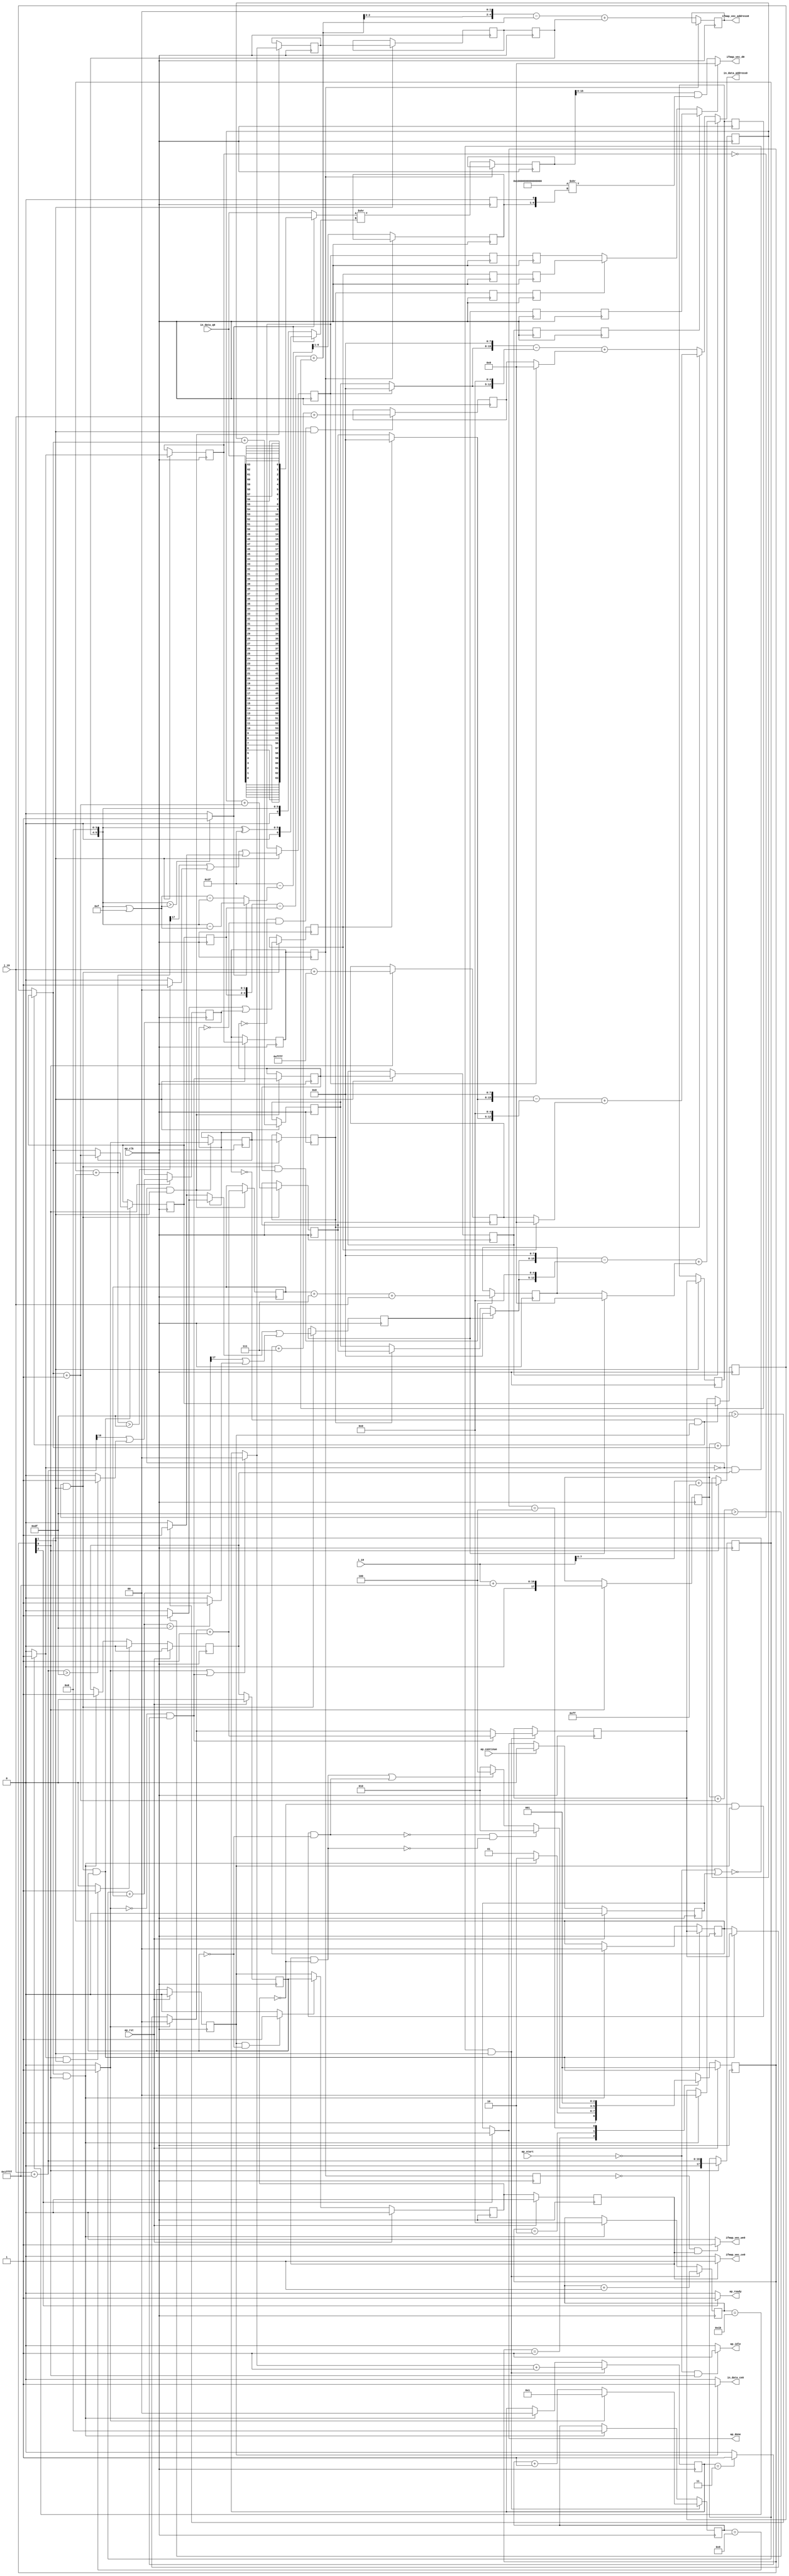
`define EXPONENT 5
`define MANTISSA 10
`define ACTUAL_MANTISSA 11
`define EXPONENT_LSB 10
`define EXPONENT_MSB 14
`define MANTISSA_LSB 0
`define MANTISSA_MSB 9
`define MANTISSA_MUL_SPLIT_LSB 3
`define MANTISSA_MUL_SPLIT_MSB 9
`define SIGN 1
`define SIGN_LOC 15
`define DWIDTH (`SIGN+`EXPONENT+`MANTISSA)
`define IEEE_COMPLIANCE 1

module td_fused_top_tdf1_readInputs19 (
        ap_clk,
        ap_rst,
        ap_start,
        ap_done,
        ap_continue,
        ap_idle,
        ap_ready,
        in_data_address0,
        in_data_ce0,
        in_data_q0,
        i_19,
        j_19,
        ifmap_vec_address0,
        ifmap_vec_ce0,
        ifmap_vec_we0,
        ifmap_vec_d0
);

parameter    ap_ST_fsm_state1 = 3'd1;
parameter    ap_ST_fsm_pp0_stage0 = 3'd2;
parameter    ap_ST_fsm_state7 = 3'd4;

input   ap_clk;
input   ap_rst;
input   ap_start;
output   ap_done;
input   ap_continue;
output   ap_idle;
output   ap_ready;
output  [15:0] in_data_address0;
output   in_data_ce0;
input  [63:0] in_data_q0;
input  [15:0] i_19;
input  [15:0] j_19;
output  [4:0] ifmap_vec_address0;
output   ifmap_vec_ce0;
output   ifmap_vec_we0;
output  [15:0] ifmap_vec_d0;

reg ap_done;
reg ap_idle;
reg ap_ready;
reg in_data_ce0;
reg ifmap_vec_ce0;
reg ifmap_vec_we0;

reg    ap_done_reg;
  reg   [2:0] ap_CS_fsm;
wire    ap_CS_fsm_state1;
reg   [4:0] indvar_flatten52_reg_142;
reg   [3:0] indvar_flatten_reg_153;
reg   [1:0] jj_reg_164;
reg   [1:0] kk_reg_176;
reg   [1:0] ii_reg_187;
wire   [17:0] p_cast_i_fu_216_p1;
reg   [17:0] p_cast_i_reg_901;
wire   [17:0] sext_ln22_fu_226_p1;
reg   [17:0] sext_ln22_reg_907;
wire   [7:0] p_cast_fu_230_p2;
reg   [7:0] p_cast_reg_913;
wire   [0:0] or_ln23_26_fu_250_p2;
reg   [0:0] or_ln23_26_reg_919;
wire   [15:0] p_mid140_fu_256_p2;
reg   [15:0] p_mid140_reg_924;
wire   [4:0] add_ln19_6_fu_262_p2;
wire    ap_CS_fsm_pp0_stage0;
reg    ap_enable_reg_pp0_iter0;
wire    ap_block_state2_pp0_stage0_iter0;
wire    ap_block_state3_pp0_stage0_iter1;
wire    ap_block_state4_pp0_stage0_iter2;
wire    ap_block_state5_pp0_stage0_iter3;
wire    ap_block_state6_pp0_stage0_iter4;
wire    ap_block_pp0_stage0_11001;
wire   [0:0] icmp_ln19_fu_268_p2;
reg   [0:0] icmp_ln19_reg_934;
reg   [0:0] icmp_ln19_reg_934_pp0_iter1_reg;
reg   [0:0] icmp_ln19_reg_934_pp0_iter2_reg;
reg   [0:0] icmp_ln19_reg_934_pp0_iter3_reg;
wire   [0:0] icmp_ln20_fu_274_p2;
reg   [0:0] icmp_ln20_reg_938;
reg   [0:0] icmp_ln20_reg_938_pp0_iter1_reg;
reg   [0:0] icmp_ln20_reg_938_pp0_iter2_reg;
reg   [0:0] icmp_ln20_reg_938_pp0_iter3_reg;
wire   [0:0] and_ln19_fu_300_p2;
reg   [0:0] and_ln19_reg_947;
reg   [0:0] and_ln19_reg_947_pp0_iter1_reg;
reg   [0:0] and_ln19_reg_947_pp0_iter2_reg;
reg   [0:0] and_ln19_reg_947_pp0_iter3_reg;
wire   [1:0] add_ln20_fu_306_p2;
reg   [1:0] add_ln20_reg_953;
wire   [1:0] select_ln20_fu_318_p3;
reg   [1:0] select_ln20_reg_959;
reg   [1:0] select_ln20_reg_959_pp0_iter1_reg;
reg   [1:0] select_ln20_reg_959_pp0_iter2_reg;
wire   [1:0] select_ln20_26_fu_326_p3;
reg   [1:0] select_ln20_26_reg_965;
reg   [1:0] select_ln20_26_reg_965_pp0_iter1_reg;
reg   [1:0] select_ln20_26_reg_965_pp0_iter2_reg;
wire   [1:0] add_ln25_fu_334_p2;
wire   [3:0] select_ln20_29_fu_346_p3;
wire   [7:0] p_cast1_i_fu_367_p2;
reg   [7:0] p_cast1_i_reg_981;
wire   [0:0] is_padding_fu_411_p2;
reg   [0:0] is_padding_reg_987;
reg   [0:0] is_padding_reg_987_pp0_iter2_reg;
reg   [0:0] is_padding_reg_987_pp0_iter3_reg;
wire   [15:0] empty_132_fu_427_p2;
reg   [15:0] empty_132_reg_994;
wire   [1:0] select_ln19_36_fu_438_p3;
reg   [1:0] select_ln19_36_reg_999;
reg    ap_enable_reg_pp0_iter1;
reg   [1:0] select_ln19_36_reg_999_pp0_iter2_reg;
wire   [7:0] p_cast1_i_mid1_fu_458_p2;
reg   [7:0] p_cast1_i_mid1_reg_1006;
wire   [0:0] or_ln23_28_fu_476_p2;
reg   [0:0] or_ln23_28_reg_1012;
reg   [0:0] or_ln23_28_reg_1012_pp0_iter2_reg;
reg   [0:0] or_ln23_28_reg_1012_pp0_iter3_reg;
wire   [0:0] or_ln23_30_fu_512_p2;
reg   [0:0] or_ln23_30_reg_1019;
reg   [0:0] or_ln23_30_reg_1019_pp0_iter2_reg;
reg   [0:0] or_ln23_30_reg_1019_pp0_iter3_reg;
wire   [15:0] p_mid1_fu_528_p2;
reg   [15:0] p_mid1_reg_1026;
wire   [4:0] add_ln33_1_fu_748_p2;
reg   [4:0] add_ln33_1_reg_1036;
wire   [6:0] sub_ln32_21_fu_833_p2;
reg   [6:0] sub_ln32_21_reg_1041;
wire   [63:0] lshr_ln32_fu_843_p2;
reg   [63:0] lshr_ln32_reg_1046;
reg    ap_block_state1;
wire    ap_block_pp0_stage0_subdone;
reg    ap_condition_pp0_flush_enable;
reg    ap_enable_reg_pp0_iter2;
reg    ap_enable_reg_pp0_iter3;
reg    ap_condition_pp0_exit_iter2_state4;
reg    ap_enable_reg_pp0_iter4;
reg   [1:0] ap_phi_mux_jj_phi_fu_168_p4;
wire    ap_block_pp0_stage0;
reg   [1:0] ap_phi_mux_ii_phi_fu_191_p4;
wire   [63:0] zext_ln32_48_fu_685_p1;
wire   [63:0] zext_ln33_15_fu_860_p1;
wire   [16:0] zext_ln19_fu_202_p1;
wire   [16:0] empty_129_fu_210_p2;
wire   [16:0] j_cast_i_fu_198_p1;
wire   [16:0] add_ln22_fu_220_p2;
wire   [7:0] empty_fu_206_p1;
wire   [0:0] tmp_fu_236_p3;
wire   [0:0] icmp_ln24_fu_244_p2;
wire   [0:0] icmp_ln25_fu_294_p2;
wire   [0:0] xor_ln19_fu_288_p2;
wire   [1:0] select_ln19_fu_280_p3;
wire   [0:0] or_ln20_fu_312_p2;
wire   [3:0] add_ln20_6_fu_340_p2;
wire   [17:0] ii_cast_i_fu_354_p1;
wire   [7:0] ii_cast_fu_358_p1;
wire   [17:0] empty_130_fu_362_p2;
wire   [17:0] zext_ln20_fu_378_p1;
wire   [17:0] add_ln22_6_fu_386_p2;
wire   [0:0] tmp_74_fu_391_p3;
wire   [0:0] icmp_ln24_6_fu_399_p2;
wire   [0:0] or_ln23_fu_405_p2;
wire   [0:0] empty_131_fu_372_p2;
wire   [2:0] zext_ln22_fu_382_p1;
wire   [2:0] tmp2_fu_417_p2;
wire   [15:0] tmp2_cast_fu_423_p1;
wire   [1:0] add_ln19_fu_432_p2;
wire   [17:0] ii_cast_i_mid1_fu_445_p1;
wire   [7:0] ii_cast_mid1_fu_449_p1;
wire   [17:0] p_mid114_fu_453_p2;
wire   [0:0] p_mid116_fu_463_p2;
wire   [17:0] zext_ln20_6_fu_481_p1;
wire   [17:0] add_ln22_7_fu_487_p2;
wire   [0:0] tmp_75_fu_492_p3;
wire   [0:0] icmp_ln24_7_fu_500_p2;
wire   [0:0] or_ln23_29_fu_506_p2;
wire   [0:0] select_ln19_38_fu_469_p3;
wire   [2:0] zext_ln22_6_fu_484_p1;
wire   [2:0] tmp2_mid1_fu_518_p2;
wire   [15:0] tmp2_cast_mid1_fu_524_p1;
wire   [7:0] row_coord_int_fu_533_p3;
wire   [12:0] tmp_45_fu_553_p3;
wire   [15:0] tmp_s_fu_545_p3;
wire   [15:0] zext_ln32_fu_561_p1;
wire   [15:0] sub_ln32_fu_565_p2;
wire   [15:0] col_coord_int_fu_539_p3;
wire   [7:0] row_coord_int_mid134_fu_582_p3;
wire   [12:0] tmp_48_fu_602_p3;
wire   [15:0] tmp_47_fu_594_p3;
wire   [15:0] zext_ln32_46_fu_610_p1;
wire   [15:0] sub_ln32_1_fu_614_p2;
wire   [15:0] col_coord_int_mid142_fu_588_p3;
wire   [15:0] add_ln32_1_fu_620_p2;
wire   [15:0] add_ln32_fu_571_p2;
wire   [7:0] select_ln19_37_fu_577_p3;
wire   [7:0] row_coord_int_mid1_fu_633_p3;
wire   [12:0] tmp_50_fu_654_p3;
wire   [15:0] tmp_49_fu_646_p3;
wire   [15:0] zext_ln32_47_fu_662_p1;
wire   [15:0] sub_ln32_2_fu_666_p2;
wire   [15:0] col_coord_int_mid1_fu_640_p3;
wire   [15:0] add_ln32_2_fu_672_p2;
wire   [15:0] select_ln19_40_fu_626_p3;
wire   [15:0] select_ln20_28_fu_678_p3;
wire   [3:0] tmp_46_fu_693_p3;
wire   [4:0] zext_ln33_12_fu_700_p1;
wire   [4:0] zext_ln33_fu_690_p1;
wire   [4:0] sub_ln33_fu_704_p2;
wire   [5:0] sub_ln33_cast_fu_710_p1;
wire   [5:0] zext_ln33_13_fu_714_p1;
wire   [5:0] add_ln33_fu_717_p2;
wire   [2:0] trunc_ln33_1_fu_727_p1;
wire   [4:0] p_shl4_cast_fu_731_p3;
wire   [4:0] trunc_ln33_fu_723_p1;
wire   [4:0] sub_ln33_1_fu_739_p2;
wire   [4:0] zext_ln33_14_fu_745_p1;
wire   [5:0] tmp_51_fu_754_p3;
wire   [5:0] empty_134_fu_761_p2;
wire   [6:0] zext_ln32_49_fu_773_p1;
wire   [6:0] zext_ln32_50_fu_777_p1;
wire   [0:0] icmp_ln32_fu_767_p2;
wire   [6:0] sub_ln32_19_fu_791_p2;
wire   [6:0] sub_ln32_20_fu_803_p2;
reg   [63:0] tmp_76_fu_781_p4;
wire   [6:0] xor_ln32_fu_797_p2;
wire   [6:0] select_ln32_fu_809_p3;
wire   [6:0] select_ln32_17_fu_825_p3;
wire   [63:0] select_ln32_16_fu_817_p3;
wire   [63:0] zext_ln32_51_fu_839_p1;
wire   [0:0] select_ln19_39_fu_849_p3;
wire   [63:0] zext_ln32_52_fu_864_p1;
wire   [63:0] lshr_ln32_10_fu_867_p2;
wire   [63:0] and_ln32_fu_873_p2;
wire   [15:0] trunc_ln32_fu_878_p1;
wire   [0:0] select_ln20_27_fu_854_p3;
wire   [15:0] in_data_elem_fu_882_p1;
wire    ap_CS_fsm_state7;
reg   [2:0] ap_NS_fsm;
reg    ap_idle_pp0;
wire    ap_enable_pp0;
wire    ap_ce_reg;

// power-on initialization
initial begin
#0 ap_done_reg = 1'b0;
#0 ap_CS_fsm = 3'd1;
#0 ap_enable_reg_pp0_iter0 = 1'b0;
#0 ap_enable_reg_pp0_iter1 = 1'b0;
#0 ap_enable_reg_pp0_iter2 = 1'b0;
#0 ap_enable_reg_pp0_iter3 = 1'b0;
#0 ap_enable_reg_pp0_iter4 = 1'b0;
end

always @ (posedge ap_clk) begin
    if (ap_rst == 1'b1) begin
        ap_CS_fsm <= ap_ST_fsm_state1;
    end else begin
        ap_CS_fsm <= ap_NS_fsm;
    end
end

always @ (posedge ap_clk) begin
    if (ap_rst == 1'b1) begin
        ap_done_reg <= 1'b0;
    end else begin
        if ((ap_continue == 1'b1)) begin
            ap_done_reg <= 1'b0;
        end else if ((1'b1 == ap_CS_fsm_state7)) begin
            ap_done_reg <= 1'b1;
        end
    end
end

always @ (posedge ap_clk) begin
    if (ap_rst == 1'b1) begin
        ap_enable_reg_pp0_iter0 <= 1'b0;
    end else begin
        if ((1'b1 == ap_condition_pp0_flush_enable)) begin
            ap_enable_reg_pp0_iter0 <= 1'b0;
        end else if ((~((ap_start == 1'b0) | (ap_done_reg == 1'b1)) & (1'b1 == ap_CS_fsm_state1))) begin
            ap_enable_reg_pp0_iter0 <= 1'b1;
        end
    end
end

always @ (posedge ap_clk) begin
    if (ap_rst == 1'b1) begin
        ap_enable_reg_pp0_iter1 <= 1'b0;
    end else begin
        if ((1'b0 == ap_block_pp0_stage0_subdone)) begin
            ap_enable_reg_pp0_iter1 <= ap_enable_reg_pp0_iter0;
        end
    end
end

always @ (posedge ap_clk) begin
    if (ap_rst == 1'b1) begin
        ap_enable_reg_pp0_iter2 <= 1'b0;
    end else begin
        if ((1'b0 == ap_block_pp0_stage0_subdone)) begin
            ap_enable_reg_pp0_iter2 <= ap_enable_reg_pp0_iter1;
        end
    end
end

always @ (posedge ap_clk) begin
    if (ap_rst == 1'b1) begin
        ap_enable_reg_pp0_iter3 <= 1'b0;
    end else begin
        if ((1'b0 == ap_block_pp0_stage0_subdone)) begin
            if ((1'b1 == ap_condition_pp0_exit_iter2_state4)) begin
                ap_enable_reg_pp0_iter3 <= ap_enable_reg_pp0_iter1;
            end else if ((1'b1 == 1'b1)) begin
                ap_enable_reg_pp0_iter3 <= ap_enable_reg_pp0_iter2;
            end
        end
    end
end

always @ (posedge ap_clk) begin
    if (ap_rst == 1'b1) begin
        ap_enable_reg_pp0_iter4 <= 1'b0;
    end else begin
        if ((1'b0 == ap_block_pp0_stage0_subdone)) begin
            ap_enable_reg_pp0_iter4 <= ap_enable_reg_pp0_iter3;
        end else if ((~((ap_start == 1'b0) | (ap_done_reg == 1'b1)) & (1'b1 == ap_CS_fsm_state1))) begin
            ap_enable_reg_pp0_iter4 <= 1'b0;
        end
    end
end

always @ (posedge ap_clk) begin
    if (((icmp_ln19_reg_934_pp0_iter1_reg == 1'd0) & (1'b0 == ap_block_pp0_stage0_11001) & (ap_enable_reg_pp0_iter2 == 1'b1))) begin
        ii_reg_187 <= select_ln19_36_reg_999;
    end else if ((~((ap_start == 1'b0) | (ap_done_reg == 1'b1)) & (1'b1 == ap_CS_fsm_state1))) begin
        ii_reg_187 <= 2'd0;
    end
end

always @ (posedge ap_clk) begin
    if (((icmp_ln19_fu_268_p2 == 1'd0) & (1'b0 == ap_block_pp0_stage0_11001) & (ap_enable_reg_pp0_iter0 == 1'b1) & (1'b1 == ap_CS_fsm_pp0_stage0))) begin
        indvar_flatten52_reg_142 <= add_ln19_6_fu_262_p2;
    end else if ((~((ap_start == 1'b0) | (ap_done_reg == 1'b1)) & (1'b1 == ap_CS_fsm_state1))) begin
        indvar_flatten52_reg_142 <= 5'd0;
    end
end

always @ (posedge ap_clk) begin
    if (((icmp_ln19_fu_268_p2 == 1'd0) & (1'b0 == ap_block_pp0_stage0_11001) & (ap_enable_reg_pp0_iter0 == 1'b1) & (1'b1 == ap_CS_fsm_pp0_stage0))) begin
        indvar_flatten_reg_153 <= select_ln20_29_fu_346_p3;
    end else if ((~((ap_start == 1'b0) | (ap_done_reg == 1'b1)) & (1'b1 == ap_CS_fsm_state1))) begin
        indvar_flatten_reg_153 <= 4'd0;
    end
end

always @ (posedge ap_clk) begin
    if (((icmp_ln19_reg_934 == 1'd0) & (1'b0 == ap_block_pp0_stage0_11001) & (1'b1 == ap_CS_fsm_pp0_stage0) & (ap_enable_reg_pp0_iter1 == 1'b1))) begin
        jj_reg_164 <= select_ln20_26_reg_965;
    end else if ((~((ap_start == 1'b0) | (ap_done_reg == 1'b1)) & (1'b1 == ap_CS_fsm_state1))) begin
        jj_reg_164 <= 2'd0;
    end
end

always @ (posedge ap_clk) begin
    if (((icmp_ln19_fu_268_p2 == 1'd0) & (1'b0 == ap_block_pp0_stage0_11001) & (ap_enable_reg_pp0_iter0 == 1'b1) & (1'b1 == ap_CS_fsm_pp0_stage0))) begin
        kk_reg_176 <= add_ln25_fu_334_p2;
    end else if ((~((ap_start == 1'b0) | (ap_done_reg == 1'b1)) & (1'b1 == ap_CS_fsm_state1))) begin
        kk_reg_176 <= 2'd0;
    end
end

always @ (posedge ap_clk) begin
    if (((icmp_ln19_fu_268_p2 == 1'd0) & (1'b0 == ap_block_pp0_stage0_11001) & (1'b1 == ap_CS_fsm_pp0_stage0))) begin
        add_ln20_reg_953 <= add_ln20_fu_306_p2;
        and_ln19_reg_947 <= and_ln19_fu_300_p2;
        icmp_ln20_reg_938 <= icmp_ln20_fu_274_p2;
        select_ln20_reg_959 <= select_ln20_fu_318_p3;
    end
end

always @ (posedge ap_clk) begin
    if (((icmp_ln19_reg_934_pp0_iter2_reg == 1'd0) & (1'b0 == ap_block_pp0_stage0_11001))) begin
        add_ln33_1_reg_1036 <= add_ln33_1_fu_748_p2;
        lshr_ln32_reg_1046 <= lshr_ln32_fu_843_p2;
        sub_ln32_21_reg_1041[6 : 1] <= sub_ln32_21_fu_833_p2[6 : 1];
    end
end

always @ (posedge ap_clk) begin
    if (((1'b0 == ap_block_pp0_stage0_11001) & (1'b1 == ap_CS_fsm_pp0_stage0))) begin
        and_ln19_reg_947_pp0_iter1_reg <= and_ln19_reg_947;
        icmp_ln19_reg_934 <= icmp_ln19_fu_268_p2;
        icmp_ln19_reg_934_pp0_iter1_reg <= icmp_ln19_reg_934;
        icmp_ln20_reg_938_pp0_iter1_reg <= icmp_ln20_reg_938;
        is_padding_reg_987 <= is_padding_fu_411_p2;
        p_cast1_i_reg_981 <= p_cast1_i_fu_367_p2;
        select_ln20_26_reg_965_pp0_iter1_reg <= select_ln20_26_reg_965;
        select_ln20_reg_959_pp0_iter1_reg <= select_ln20_reg_959;
    end
end

always @ (posedge ap_clk) begin
    if ((1'b0 == ap_block_pp0_stage0_11001)) begin
        and_ln19_reg_947_pp0_iter2_reg <= and_ln19_reg_947_pp0_iter1_reg;
        and_ln19_reg_947_pp0_iter3_reg <= and_ln19_reg_947_pp0_iter2_reg;
        icmp_ln19_reg_934_pp0_iter2_reg <= icmp_ln19_reg_934_pp0_iter1_reg;
        icmp_ln19_reg_934_pp0_iter3_reg <= icmp_ln19_reg_934_pp0_iter2_reg;
        icmp_ln20_reg_938_pp0_iter2_reg <= icmp_ln20_reg_938_pp0_iter1_reg;
        icmp_ln20_reg_938_pp0_iter3_reg <= icmp_ln20_reg_938_pp0_iter2_reg;
        is_padding_reg_987_pp0_iter2_reg <= is_padding_reg_987;
        is_padding_reg_987_pp0_iter3_reg <= is_padding_reg_987_pp0_iter2_reg;
        or_ln23_28_reg_1012_pp0_iter2_reg <= or_ln23_28_reg_1012;
        or_ln23_28_reg_1012_pp0_iter3_reg <= or_ln23_28_reg_1012_pp0_iter2_reg;
        or_ln23_30_reg_1019_pp0_iter2_reg <= or_ln23_30_reg_1019;
        or_ln23_30_reg_1019_pp0_iter3_reg <= or_ln23_30_reg_1019_pp0_iter2_reg;
        select_ln19_36_reg_999_pp0_iter2_reg <= select_ln19_36_reg_999;
        select_ln20_26_reg_965_pp0_iter2_reg <= select_ln20_26_reg_965_pp0_iter1_reg;
        select_ln20_reg_959_pp0_iter2_reg <= select_ln20_reg_959_pp0_iter1_reg;
    end
end

always @ (posedge ap_clk) begin
    if (((1'd0 == and_ln19_reg_947) & (icmp_ln20_reg_938 == 1'd0) & (1'b0 == ap_block_pp0_stage0_11001) & (1'b1 == ap_CS_fsm_pp0_stage0))) begin
        empty_132_reg_994 <= empty_132_fu_427_p2;
    end
end

always @ (posedge ap_clk) begin
    if ((1'b1 == ap_CS_fsm_state1)) begin
        or_ln23_26_reg_919 <= or_ln23_26_fu_250_p2;
        p_cast_i_reg_901 <= p_cast_i_fu_216_p1;
        p_cast_reg_913 <= p_cast_fu_230_p2;
        p_mid140_reg_924 <= p_mid140_fu_256_p2;
        sext_ln22_reg_907 <= sext_ln22_fu_226_p1;
    end
end

always @ (posedge ap_clk) begin
    if (((icmp_ln19_reg_934 == 1'd0) & (1'b0 == ap_block_pp0_stage0_11001) & (1'b1 == ap_CS_fsm_pp0_stage0))) begin
        or_ln23_28_reg_1012 <= or_ln23_28_fu_476_p2;
        or_ln23_30_reg_1019 <= or_ln23_30_fu_512_p2;
        p_cast1_i_mid1_reg_1006 <= p_cast1_i_mid1_fu_458_p2;
    end
end

always @ (posedge ap_clk) begin
    if (((icmp_ln19_reg_934 == 1'd0) & (1'b0 == ap_block_pp0_stage0_11001) & (1'b1 == ap_CS_fsm_pp0_stage0) & (1'd1 == and_ln19_reg_947))) begin
        p_mid1_reg_1026 <= p_mid1_fu_528_p2;
    end
end

always @ (posedge ap_clk) begin
    if (((icmp_ln19_reg_934 == 1'd0) & (1'b0 == ap_block_pp0_stage0_11001) & (1'b1 == ap_CS_fsm_pp0_stage0) & (ap_enable_reg_pp0_iter1 == 1'b1))) begin
        select_ln19_36_reg_999 <= select_ln19_36_fu_438_p3;
    end
end

always @ (posedge ap_clk) begin
    if (((icmp_ln19_fu_268_p2 == 1'd0) & (1'b0 == ap_block_pp0_stage0_11001) & (ap_enable_reg_pp0_iter0 == 1'b1) & (1'b1 == ap_CS_fsm_pp0_stage0))) begin
        select_ln20_26_reg_965 <= select_ln20_26_fu_326_p3;
    end
end

always @ (*) begin
    if (((ap_enable_reg_pp0_iter2 == 1'b1) & (ap_enable_reg_pp0_iter1 == 1'b0))) begin
        ap_condition_pp0_exit_iter2_state4 = 1'b1;
    end else begin
        ap_condition_pp0_exit_iter2_state4 = 1'b0;
    end
end

always @ (*) begin
    if (((icmp_ln19_fu_268_p2 == 1'd1) & (1'b0 == ap_block_pp0_stage0_subdone) & (1'b1 == ap_CS_fsm_pp0_stage0))) begin
        ap_condition_pp0_flush_enable = 1'b1;
    end else begin
        ap_condition_pp0_flush_enable = 1'b0;
    end
end

always @ (*) begin
    if ((1'b1 == ap_CS_fsm_state7)) begin
        ap_done = 1'b1;
    end else begin
        ap_done = ap_done_reg;
    end
end

always @ (*) begin
    if (((ap_start == 1'b0) & (1'b1 == ap_CS_fsm_state1))) begin
        ap_idle = 1'b1;
    end else begin
        ap_idle = 1'b0;
    end
end

always @ (*) begin
    if (((ap_enable_reg_pp0_iter0 == 1'b0) & (ap_enable_reg_pp0_iter4 == 1'b0) & (ap_enable_reg_pp0_iter3 == 1'b0) & (ap_enable_reg_pp0_iter2 == 1'b0) & (ap_enable_reg_pp0_iter1 == 1'b0))) begin
        ap_idle_pp0 = 1'b1;
    end else begin
        ap_idle_pp0 = 1'b0;
    end
end

always @ (*) begin
    if (((icmp_ln19_reg_934_pp0_iter1_reg == 1'd0) & (1'b0 == ap_block_pp0_stage0) & (ap_enable_reg_pp0_iter2 == 1'b1))) begin
        ap_phi_mux_ii_phi_fu_191_p4 = select_ln19_36_reg_999;
    end else begin
        ap_phi_mux_ii_phi_fu_191_p4 = ii_reg_187;
    end
end

always @ (*) begin
    if (((icmp_ln19_reg_934 == 1'd0) & (1'b0 == ap_block_pp0_stage0) & (1'b1 == ap_CS_fsm_pp0_stage0) & (ap_enable_reg_pp0_iter1 == 1'b1))) begin
        ap_phi_mux_jj_phi_fu_168_p4 = select_ln20_26_reg_965;
    end else begin
        ap_phi_mux_jj_phi_fu_168_p4 = jj_reg_164;
    end
end

always @ (*) begin
    if ((1'b1 == ap_CS_fsm_state7)) begin
        ap_ready = 1'b1;
    end else begin
        ap_ready = 1'b0;
    end
end

always @ (*) begin
    if (((1'b0 == ap_block_pp0_stage0_11001) & (ap_enable_reg_pp0_iter4 == 1'b1))) begin
        ifmap_vec_ce0 = 1'b1;
    end else begin
        ifmap_vec_ce0 = 1'b0;
    end
end

always @ (*) begin
    if (((icmp_ln19_reg_934_pp0_iter3_reg == 1'd0) & (1'b0 == ap_block_pp0_stage0_11001) & (ap_enable_reg_pp0_iter4 == 1'b1))) begin
        ifmap_vec_we0 = 1'b1;
    end else begin
        ifmap_vec_we0 = 1'b0;
    end
end

always @ (*) begin
    if (((1'b0 == ap_block_pp0_stage0_11001) & (ap_enable_reg_pp0_iter2 == 1'b1))) begin
        in_data_ce0 = 1'b1;
    end else begin
        in_data_ce0 = 1'b0;
    end
end

always @ (*) begin
    case (ap_CS_fsm)
        ap_ST_fsm_state1 : begin
            if ((~((ap_start == 1'b0) | (ap_done_reg == 1'b1)) & (1'b1 == ap_CS_fsm_state1))) begin
                ap_NS_fsm = ap_ST_fsm_pp0_stage0;
            end else begin
                ap_NS_fsm = ap_ST_fsm_state1;
            end
        end
        ap_ST_fsm_pp0_stage0 : begin
            if ((~((1'b0 == ap_block_pp0_stage0_subdone) & (ap_enable_reg_pp0_iter3 == 1'b0) & (ap_enable_reg_pp0_iter2 == 1'b1) & (ap_enable_reg_pp0_iter1 == 1'b0)) & ~((1'b0 == ap_block_pp0_stage0_subdone) & (ap_enable_reg_pp0_iter4 == 1'b1) & (ap_enable_reg_pp0_iter3 == 1'b0)))) begin
                ap_NS_fsm = ap_ST_fsm_pp0_stage0;
            end else if ((((1'b0 == ap_block_pp0_stage0_subdone) & (ap_enable_reg_pp0_iter4 == 1'b1) & (ap_enable_reg_pp0_iter3 == 1'b0)) | ((1'b0 == ap_block_pp0_stage0_subdone) & (ap_enable_reg_pp0_iter3 == 1'b0) & (ap_enable_reg_pp0_iter2 == 1'b1) & (ap_enable_reg_pp0_iter1 == 1'b0)))) begin
                ap_NS_fsm = ap_ST_fsm_state7;
            end else begin
                ap_NS_fsm = ap_ST_fsm_pp0_stage0;
            end
        end
        ap_ST_fsm_state7 : begin
            ap_NS_fsm = ap_ST_fsm_state1;
        end
        default : begin
            ap_NS_fsm = 'bx;
        end
    endcase
end

assign add_ln19_6_fu_262_p2 = (indvar_flatten52_reg_142 + 5'd1);

assign add_ln19_fu_432_p2 = (ap_phi_mux_ii_phi_fu_191_p4 + 2'd1);

assign add_ln20_6_fu_340_p2 = (indvar_flatten_reg_153 + 4'd1);

assign add_ln20_fu_306_p2 = (select_ln19_fu_280_p3 + 2'd1);

assign add_ln22_6_fu_386_p2 = ((sext_ln22_reg_907) + (zext_ln20_fu_378_p1));

assign add_ln22_7_fu_487_p2 = ((sext_ln22_reg_907) + (zext_ln20_6_fu_481_p1));

assign add_ln22_fu_220_p2 = ((j_cast_i_fu_198_p1) + (17'd131071));

assign add_ln25_fu_334_p2 = (select_ln20_fu_318_p3 + 2'd1);

assign add_ln32_1_fu_620_p2 = (sub_ln32_1_fu_614_p2 + col_coord_int_mid142_fu_588_p3);

assign add_ln32_2_fu_672_p2 = (sub_ln32_2_fu_666_p2 + col_coord_int_mid1_fu_640_p3);

assign add_ln32_fu_571_p2 = (sub_ln32_fu_565_p2 + col_coord_int_fu_539_p3);

assign add_ln33_1_fu_748_p2 = (sub_ln33_1_fu_739_p2 + zext_ln33_14_fu_745_p1);

assign add_ln33_fu_717_p2 = ((sub_ln33_cast_fu_710_p1) + (zext_ln33_13_fu_714_p1));

assign and_ln19_fu_300_p2 = (xor_ln19_fu_288_p2 & icmp_ln25_fu_294_p2);

assign and_ln32_fu_873_p2 = (lshr_ln32_reg_1046 & lshr_ln32_10_fu_867_p2);

assign ap_CS_fsm_pp0_stage0 = ap_CS_fsm[32'd1];

assign ap_CS_fsm_state1 = ap_CS_fsm[32'd0];

assign ap_CS_fsm_state7 = ap_CS_fsm[32'd2];

assign ap_block_pp0_stage0 = ~(1'b1 == 1'b1);

assign ap_block_pp0_stage0_11001 = ~(1'b1 == 1'b1);

assign ap_block_pp0_stage0_subdone = ~(1'b1 == 1'b1);

always @ (*) begin
    ap_block_state1 = ((ap_start == 1'b0) | (ap_done_reg == 1'b1));
end

assign ap_block_state2_pp0_stage0_iter0 = ~(1'b1 == 1'b1);

assign ap_block_state3_pp0_stage0_iter1 = ~(1'b1 == 1'b1);

assign ap_block_state4_pp0_stage0_iter2 = ~(1'b1 == 1'b1);

assign ap_block_state5_pp0_stage0_iter3 = ~(1'b1 == 1'b1);

assign ap_block_state6_pp0_stage0_iter4 = ~(1'b1 == 1'b1);

assign ap_enable_pp0 = (ap_idle_pp0 ^ 1'b1);

assign col_coord_int_fu_539_p3 = ((is_padding_reg_987[0:0] == 1'b1) ? 16'd0 : empty_132_reg_994);

assign col_coord_int_mid142_fu_588_p3 = ((or_ln23_28_reg_1012[0:0] == 1'b1) ? 16'd0 : p_mid140_reg_924);

assign col_coord_int_mid1_fu_640_p3 = ((or_ln23_30_reg_1019[0:0] == 1'b1) ? 16'd0 : p_mid1_reg_1026);

assign empty_129_fu_210_p2 = ((zext_ln19_fu_202_p1) + (17'd131071));

assign empty_130_fu_362_p2 = ((p_cast_i_reg_901) + (ii_cast_i_fu_354_p1));

assign empty_131_fu_372_p2 = ((empty_130_fu_362_p2 > 18'd223) ? 1'b1 : 1'b0);

assign empty_132_fu_427_p2 = ((tmp2_cast_fu_423_p1) + (j_19));

assign empty_134_fu_761_p2 = (tmp_51_fu_754_p3 | 6'd15);

assign empty_fu_206_p1 = i_19[7:0];

assign icmp_ln19_fu_268_p2 = ((indvar_flatten52_reg_142 == 5'd27) ? 1'b1 : 1'b0);

assign icmp_ln20_fu_274_p2 = ((indvar_flatten_reg_153 == 4'd9) ? 1'b1 : 1'b0);

assign icmp_ln24_6_fu_399_p2 = (((add_ln22_6_fu_386_p2) > (18'd223)) ? 1'b1 : 1'b0);

assign icmp_ln24_7_fu_500_p2 = (((add_ln22_7_fu_487_p2) > (18'd223)) ? 1'b1 : 1'b0);

assign icmp_ln24_fu_244_p2 = (((add_ln22_fu_220_p2) > (17'd223)) ? 1'b1 : 1'b0);

assign icmp_ln25_fu_294_p2 = ((kk_reg_176 == 2'd3) ? 1'b1 : 1'b0);

assign icmp_ln32_fu_767_p2 = ((tmp_51_fu_754_p3 > empty_134_fu_761_p2) ? 1'b1 : 1'b0);

assign ifmap_vec_address0 = zext_ln33_15_fu_860_p1;

assign ifmap_vec_d0 = ((select_ln20_27_fu_854_p3[0:0] == 1'b1) ? 16'd0 : in_data_elem_fu_882_p1);

assign ii_cast_fu_358_p1 = ap_phi_mux_ii_phi_fu_191_p4;

assign ii_cast_i_fu_354_p1 = ap_phi_mux_ii_phi_fu_191_p4;

assign ii_cast_i_mid1_fu_445_p1 = add_ln19_fu_432_p2;

assign ii_cast_mid1_fu_449_p1 = add_ln19_fu_432_p2;

assign in_data_address0 = zext_ln32_48_fu_685_p1;

assign in_data_elem_fu_882_p1 = trunc_ln32_fu_878_p1;

assign is_padding_fu_411_p2 = (or_ln23_fu_405_p2 | empty_131_fu_372_p2);

assign j_cast_i_fu_198_p1 = j_19;

assign lshr_ln32_10_fu_867_p2 = 64'd18446744073709551615 >> zext_ln32_52_fu_864_p1;

assign lshr_ln32_fu_843_p2 = select_ln32_16_fu_817_p3 >> zext_ln32_51_fu_839_p1;

assign or_ln20_fu_312_p2 = (icmp_ln20_fu_274_p2 | and_ln19_fu_300_p2);

assign or_ln23_26_fu_250_p2 = (tmp_fu_236_p3 | icmp_ln24_fu_244_p2);

assign or_ln23_28_fu_476_p2 = (p_mid116_fu_463_p2 | or_ln23_26_reg_919);

assign or_ln23_29_fu_506_p2 = (tmp_75_fu_492_p3 | icmp_ln24_7_fu_500_p2);

assign or_ln23_30_fu_512_p2 = (select_ln19_38_fu_469_p3 | or_ln23_29_fu_506_p2);

assign or_ln23_fu_405_p2 = (tmp_74_fu_391_p3 | icmp_ln24_6_fu_399_p2);

assign p_cast1_i_fu_367_p2 = (p_cast_reg_913 + ii_cast_fu_358_p1);

assign p_cast1_i_mid1_fu_458_p2 = (p_cast_reg_913 + ii_cast_mid1_fu_449_p1);

assign p_cast_fu_230_p2 = ((empty_fu_206_p1) + (8'd255));

assign p_cast_i_fu_216_p1 = (empty_129_fu_210_p2);

assign p_mid114_fu_453_p2 = ((p_cast_i_reg_901) + (ii_cast_i_mid1_fu_445_p1));

assign p_mid116_fu_463_p2 = ((p_mid114_fu_453_p2 > 18'd223) ? 1'b1 : 1'b0);

assign p_mid140_fu_256_p2 = ((j_19) + (16'd65535));

assign p_mid1_fu_528_p2 = ((tmp2_cast_mid1_fu_524_p1) + (j_19));

assign p_shl4_cast_fu_731_p3 = {{trunc_ln33_1_fu_727_p1}, {2'd0}};

assign row_coord_int_fu_533_p3 = ((is_padding_reg_987[0:0] == 1'b1) ? 8'd0 : p_cast1_i_reg_981);

assign row_coord_int_mid134_fu_582_p3 = ((or_ln23_28_reg_1012[0:0] == 1'b1) ? 8'd0 : p_cast1_i_mid1_reg_1006);

assign row_coord_int_mid1_fu_633_p3 = ((or_ln23_30_reg_1019[0:0] == 1'b1) ? 8'd0 : select_ln19_37_fu_577_p3);

assign select_ln19_36_fu_438_p3 = ((icmp_ln20_reg_938[0:0] == 1'b1) ? add_ln19_fu_432_p2 : ap_phi_mux_ii_phi_fu_191_p4);

assign select_ln19_37_fu_577_p3 = ((icmp_ln20_reg_938_pp0_iter1_reg[0:0] == 1'b1) ? p_cast1_i_mid1_reg_1006 : p_cast1_i_reg_981);

assign select_ln19_38_fu_469_p3 = ((icmp_ln20_reg_938[0:0] == 1'b1) ? p_mid116_fu_463_p2 : empty_131_fu_372_p2);

assign select_ln19_39_fu_849_p3 = ((icmp_ln20_reg_938_pp0_iter3_reg[0:0] == 1'b1) ? or_ln23_28_reg_1012_pp0_iter3_reg : is_padding_reg_987_pp0_iter3_reg);

assign select_ln19_40_fu_626_p3 = ((icmp_ln20_reg_938_pp0_iter1_reg[0:0] == 1'b1) ? add_ln32_1_fu_620_p2 : add_ln32_fu_571_p2);

assign select_ln19_fu_280_p3 = ((icmp_ln20_fu_274_p2[0:0] == 1'b1) ? 2'd0 : ap_phi_mux_jj_phi_fu_168_p4);

assign select_ln20_26_fu_326_p3 = ((and_ln19_fu_300_p2[0:0] == 1'b1) ? add_ln20_fu_306_p2 : select_ln19_fu_280_p3);

assign select_ln20_27_fu_854_p3 = ((and_ln19_reg_947_pp0_iter3_reg[0:0] == 1'b1) ? or_ln23_30_reg_1019_pp0_iter3_reg : select_ln19_39_fu_849_p3);

assign select_ln20_28_fu_678_p3 = ((and_ln19_reg_947_pp0_iter1_reg[0:0] == 1'b1) ? add_ln32_2_fu_672_p2 : select_ln19_40_fu_626_p3);

assign select_ln20_29_fu_346_p3 = ((icmp_ln20_fu_274_p2[0:0] == 1'b1) ? 4'd1 : add_ln20_6_fu_340_p2);

assign select_ln20_fu_318_p3 = ((or_ln20_fu_312_p2[0:0] == 1'b1) ? 2'd0 : kk_reg_176);

assign select_ln32_16_fu_817_p3 = ((icmp_ln32_fu_767_p2[0:0] == 1'b1) ? tmp_76_fu_781_p4 : in_data_q0);

assign select_ln32_17_fu_825_p3 = ((icmp_ln32_fu_767_p2[0:0] == 1'b1) ? xor_ln32_fu_797_p2 : zext_ln32_49_fu_773_p1);

assign select_ln32_fu_809_p3 = ((icmp_ln32_fu_767_p2[0:0] == 1'b1) ? sub_ln32_19_fu_791_p2 : sub_ln32_20_fu_803_p2);

assign sext_ln22_fu_226_p1 = add_ln22_fu_220_p2;

assign sub_ln32_19_fu_791_p2 = (zext_ln32_49_fu_773_p1 - zext_ln32_50_fu_777_p1);

assign sub_ln32_1_fu_614_p2 = (tmp_47_fu_594_p3 - zext_ln32_46_fu_610_p1);

assign sub_ln32_20_fu_803_p2 = (zext_ln32_50_fu_777_p1 - zext_ln32_49_fu_773_p1);

assign sub_ln32_21_fu_833_p2 = (7'd63 - select_ln32_fu_809_p3);

assign sub_ln32_2_fu_666_p2 = (tmp_49_fu_646_p3 - zext_ln32_47_fu_662_p1);

assign sub_ln32_fu_565_p2 = (tmp_s_fu_545_p3 - zext_ln32_fu_561_p1);

assign sub_ln33_1_fu_739_p2 = (p_shl4_cast_fu_731_p3 - trunc_ln33_fu_723_p1);

assign sub_ln33_cast_fu_710_p1 = (sub_ln33_fu_704_p2);

assign sub_ln33_fu_704_p2 = (zext_ln33_12_fu_700_p1 - zext_ln33_fu_690_p1);

assign tmp2_cast_fu_423_p1 = (tmp2_fu_417_p2);

assign tmp2_cast_mid1_fu_524_p1 = (tmp2_mid1_fu_518_p2);

assign tmp2_fu_417_p2 = ((zext_ln22_fu_382_p1) + (3'd7));

assign tmp2_mid1_fu_518_p2 = ((zext_ln22_6_fu_484_p1) + (3'd7));

assign tmp_45_fu_553_p3 = {{row_coord_int_fu_533_p3}, {5'd0}};

assign tmp_46_fu_693_p3 = {{select_ln19_36_reg_999_pp0_iter2_reg}, {2'd0}};

assign tmp_47_fu_594_p3 = {{row_coord_int_mid134_fu_582_p3}, {8'd0}};

assign tmp_48_fu_602_p3 = {{row_coord_int_mid134_fu_582_p3}, {5'd0}};

assign tmp_49_fu_646_p3 = {{row_coord_int_mid1_fu_633_p3}, {8'd0}};

assign tmp_50_fu_654_p3 = {{row_coord_int_mid1_fu_633_p3}, {5'd0}};

assign tmp_51_fu_754_p3 = {{select_ln20_reg_959_pp0_iter2_reg}, {4'd0}};

assign tmp_74_fu_391_p3 = add_ln22_6_fu_386_p2[32'd17];

assign tmp_75_fu_492_p3 = add_ln22_7_fu_487_p2[32'd17];

integer ap_tvar_int_0;

always @ (in_data_q0) begin
    //for (ap_tvar_int_0 = 64 - 1; ap_tvar_int_0 >= 0; ap_tvar_int_0 = ap_tvar_int_0 - 1) begin
    for (ap_tvar_int_0 = 0; ap_tvar_int_0 < 64; ap_tvar_int_0 = ap_tvar_int_0 + 1) begin
        if (ap_tvar_int_0 > 63 - 0) begin
            tmp_76_fu_781_p4[ap_tvar_int_0] = 1'b0;
        end else begin
            tmp_76_fu_781_p4[ap_tvar_int_0] = in_data_q0[63 - ap_tvar_int_0];
        end
    end
end

assign tmp_fu_236_p3 = add_ln22_fu_220_p2[32'd16];

assign tmp_s_fu_545_p3 = {{row_coord_int_fu_533_p3}, {8'd0}};

assign trunc_ln32_fu_878_p1 = and_ln32_fu_873_p2[15:0];

assign trunc_ln33_1_fu_727_p1 = add_ln33_fu_717_p2[2:0];

assign trunc_ln33_fu_723_p1 = add_ln33_fu_717_p2[4:0];

assign xor_ln19_fu_288_p2 = (icmp_ln20_fu_274_p2 ^ 1'd1);

assign xor_ln32_fu_797_p2 = (zext_ln32_49_fu_773_p1 ^ 7'd63);

assign zext_ln19_fu_202_p1 = i_19;

assign zext_ln20_6_fu_481_p1 = add_ln20_reg_953;

assign zext_ln20_fu_378_p1 = jj_reg_164;

assign zext_ln22_6_fu_484_p1 = add_ln20_reg_953;

assign zext_ln22_fu_382_p1 = jj_reg_164;

assign zext_ln32_46_fu_610_p1 = tmp_48_fu_602_p3;

assign zext_ln32_47_fu_662_p1 = tmp_50_fu_654_p3;

assign zext_ln32_48_fu_685_p1 = select_ln20_28_fu_678_p3;

assign zext_ln32_49_fu_773_p1 = tmp_51_fu_754_p3;

assign zext_ln32_50_fu_777_p1 = empty_134_fu_761_p2;

assign zext_ln32_51_fu_839_p1 = select_ln32_17_fu_825_p3;

assign zext_ln32_52_fu_864_p1 = sub_ln32_21_reg_1041;

assign zext_ln32_fu_561_p1 = tmp_45_fu_553_p3;

assign zext_ln33_12_fu_700_p1 = tmp_46_fu_693_p3;

assign zext_ln33_13_fu_714_p1 = select_ln20_26_reg_965_pp0_iter2_reg;

assign zext_ln33_14_fu_745_p1 = select_ln20_reg_959_pp0_iter2_reg;

assign zext_ln33_15_fu_860_p1 = add_ln33_1_reg_1036;

assign zext_ln33_fu_690_p1 = select_ln19_36_reg_999_pp0_iter2_reg;

always @ (posedge ap_clk) begin
    sub_ln32_21_reg_1041[0] <= 1'b0;
end

endmodule //td_fused_top_tdf1_readInputs19